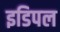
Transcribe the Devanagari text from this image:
इडिपल